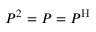
P ^ { 2 } = P = P ^ { \mathrm { H } }